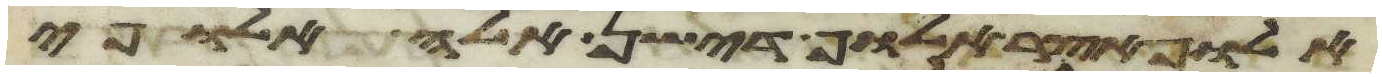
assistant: אלוף אצר אלוף דישן אלה אלופי